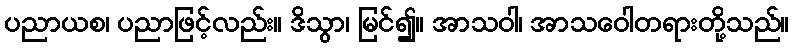
ပညာယစ၊ ပညာဖြင့်လည်း။ ဒိသွာ၊ မြင်၍။ အာသဝါ၊ အာသဝေါတရားတို့သည်။